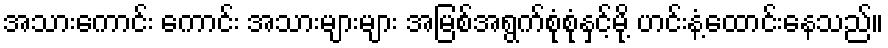
အသားကောင်း ကောင်း အသားများများ အမြစ်အရွက်စုံစုံနှင့်မို့ ဟင်းနံ့ထောင်းနေသည်။